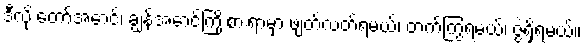
ဒီလို တော်အောင်၊ ချွန်အောင်ကြိုးစားရာမှာ ဖျတ်လတ်ရမယ်၊ တက်ကြွရမယ်၊ ဇွဲရှိရမယ်။